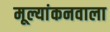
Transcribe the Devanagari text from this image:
मूल्यांकनवाला